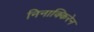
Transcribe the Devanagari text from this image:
निनाक्किरेन